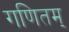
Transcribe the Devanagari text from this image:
गणितम्